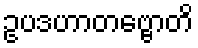
ဥပဒဟာတဗ္ဗောတိ